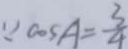
\because \cos A = \frac { 3 } { 4 }